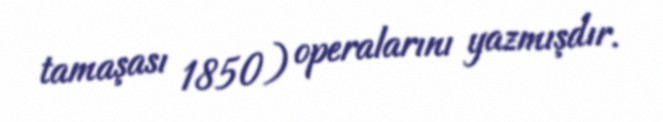
tamaşası 1850) operalarını yazmışdır.